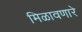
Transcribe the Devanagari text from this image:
मिळावणारे